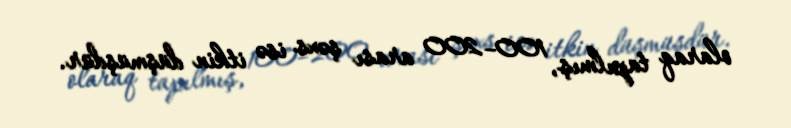
olaraq tapılmış, 100–200 arası şəxs isə itkin düşmüşdür.